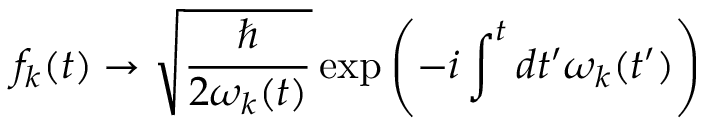
f _ { k } ( t ) \rightarrow { \sqrt { \frac { \hbar } { 2 \omega _ { k } ( t ) } } } \exp \left( - i \int ^ { t } d t ^ { \prime } \omega _ { k } ( t ^ { \prime } ) \right)